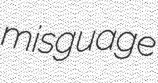
misguage